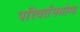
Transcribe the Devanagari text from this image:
परिवर्तनयोग्य